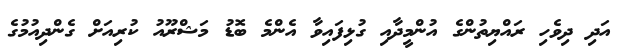
އަދި ދިވެހި ރައްޔިތުންގެ އުންމީދާއި ގުޅިފައިވާ އެންމެ ބޮޑު މަޝްރޫއު ކުރިއަށް ގެންދިއުމުގެ